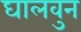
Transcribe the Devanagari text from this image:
घालवुन